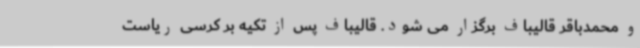
و محمدباقر قالیباف برگزار می شود. قالیباف پس از تکیه بر کرسی ریاست